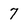
Character: 7